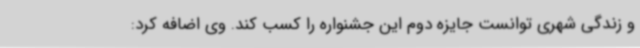
و زندگی شهری توانست جایزه دوم این جشنواره را کسب کند. وی اضافه کرد: